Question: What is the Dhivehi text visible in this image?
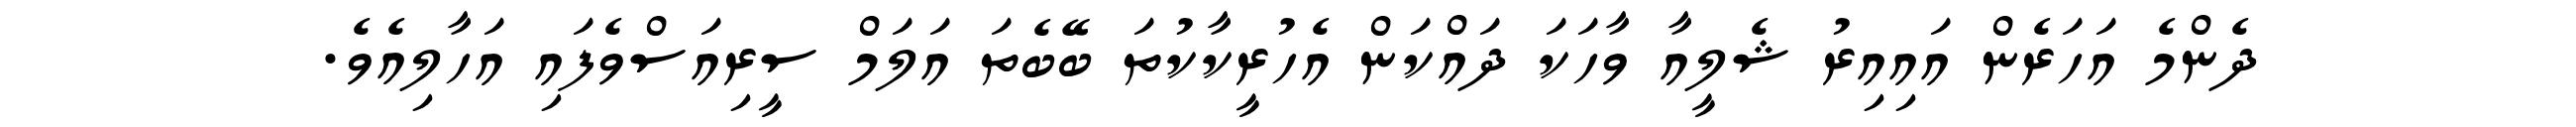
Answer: ދެންމެ އަހަރެން އައިއިރު ޝެލީއާ ވާހަކަ ދައްކަން އެހުރީކާކުތަ ބޭބެތަ އަލަމް ސީރިއަސްވެފައި އަހާލިއެވެ.